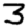
Digit: 3